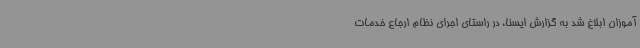
آموزان ابلاغ شد به گزارش ایسنا، در راستای اجرای نظام ارجاع خدمات